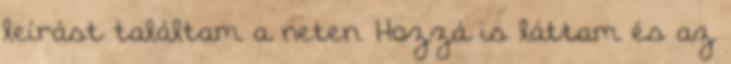
leírást találtam a neten. Hozzá is láttam és az